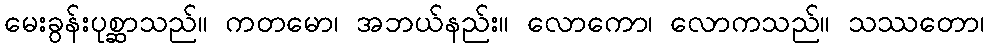
မေးခွန်းပုစ္ဆာသည်။ ကတမော၊ အဘယ်နည်း။ လောကော၊ လောကသည်။ သဿတော၊